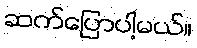
ဆက်ပြောပါ့မယ်။